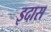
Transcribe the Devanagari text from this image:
इदास